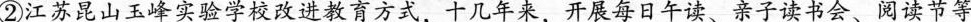
②江苏昆山玉峰实验学校改进教育方式，十几年来，开展每日午读、亲子读书会、阅读节等